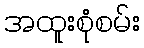
အထူးစုံစမ်း